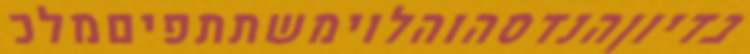
בדיוןהנדסהוהלוימשתתפיםמלכ